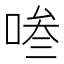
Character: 𭈧